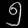
Digit: ၅